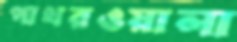
পাথরওয়ালা